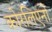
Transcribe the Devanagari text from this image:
कोरलिएनो